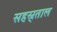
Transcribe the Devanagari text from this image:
सहस्र्ताल